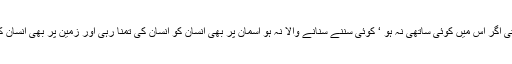
جنت بھی انسان کوتسکین نہیں دے سکتی اگر اس میں کوئی ساتھی نہ ہو ‘ کوئی سننے سنانے والا نہ ہو آسمان پر بھی انسان کو انسان کی تمنا رہی اور زمین پر بھی انسان کو انسان کی طلب سے مفر ممکن نہیں ۔